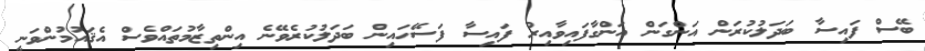
ބޭސް ފައިސާ ބަދަލުކުރަން އަންގަން އަންގާފައިވާއިރު ފައިސާ ފަސޭހައިން ބަދަލުކުރެވޭނެ އިންތިޒާމުތައްވެސް އެޤައުމުންވަނީ